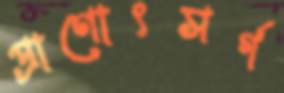
প্রাণোৎসর্গ